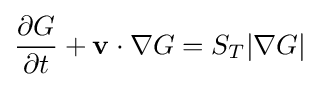
{\frac {\partial G}{\partial t}}+\mathbf {v} \cdot \nabla G=S_{T}|\nabla G|